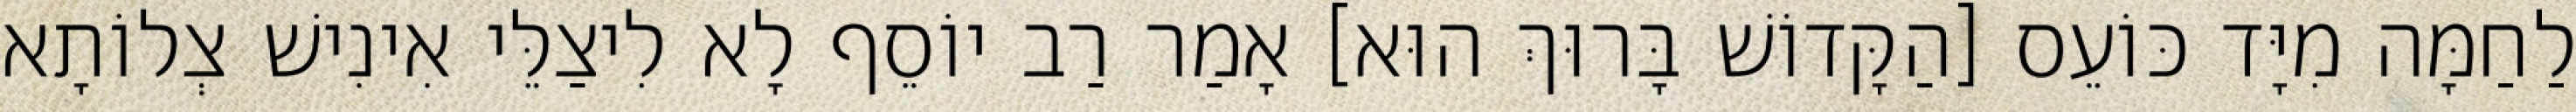
לַחַמָּה מִיָּד כּוֹעֵס [הַקָּדוֹשׁ בָּרוּךְ הוּא] אָמַר רַב יוֹסֵף לָא לִיצַלֵּי אִינִישׁ צְלוֹתָא